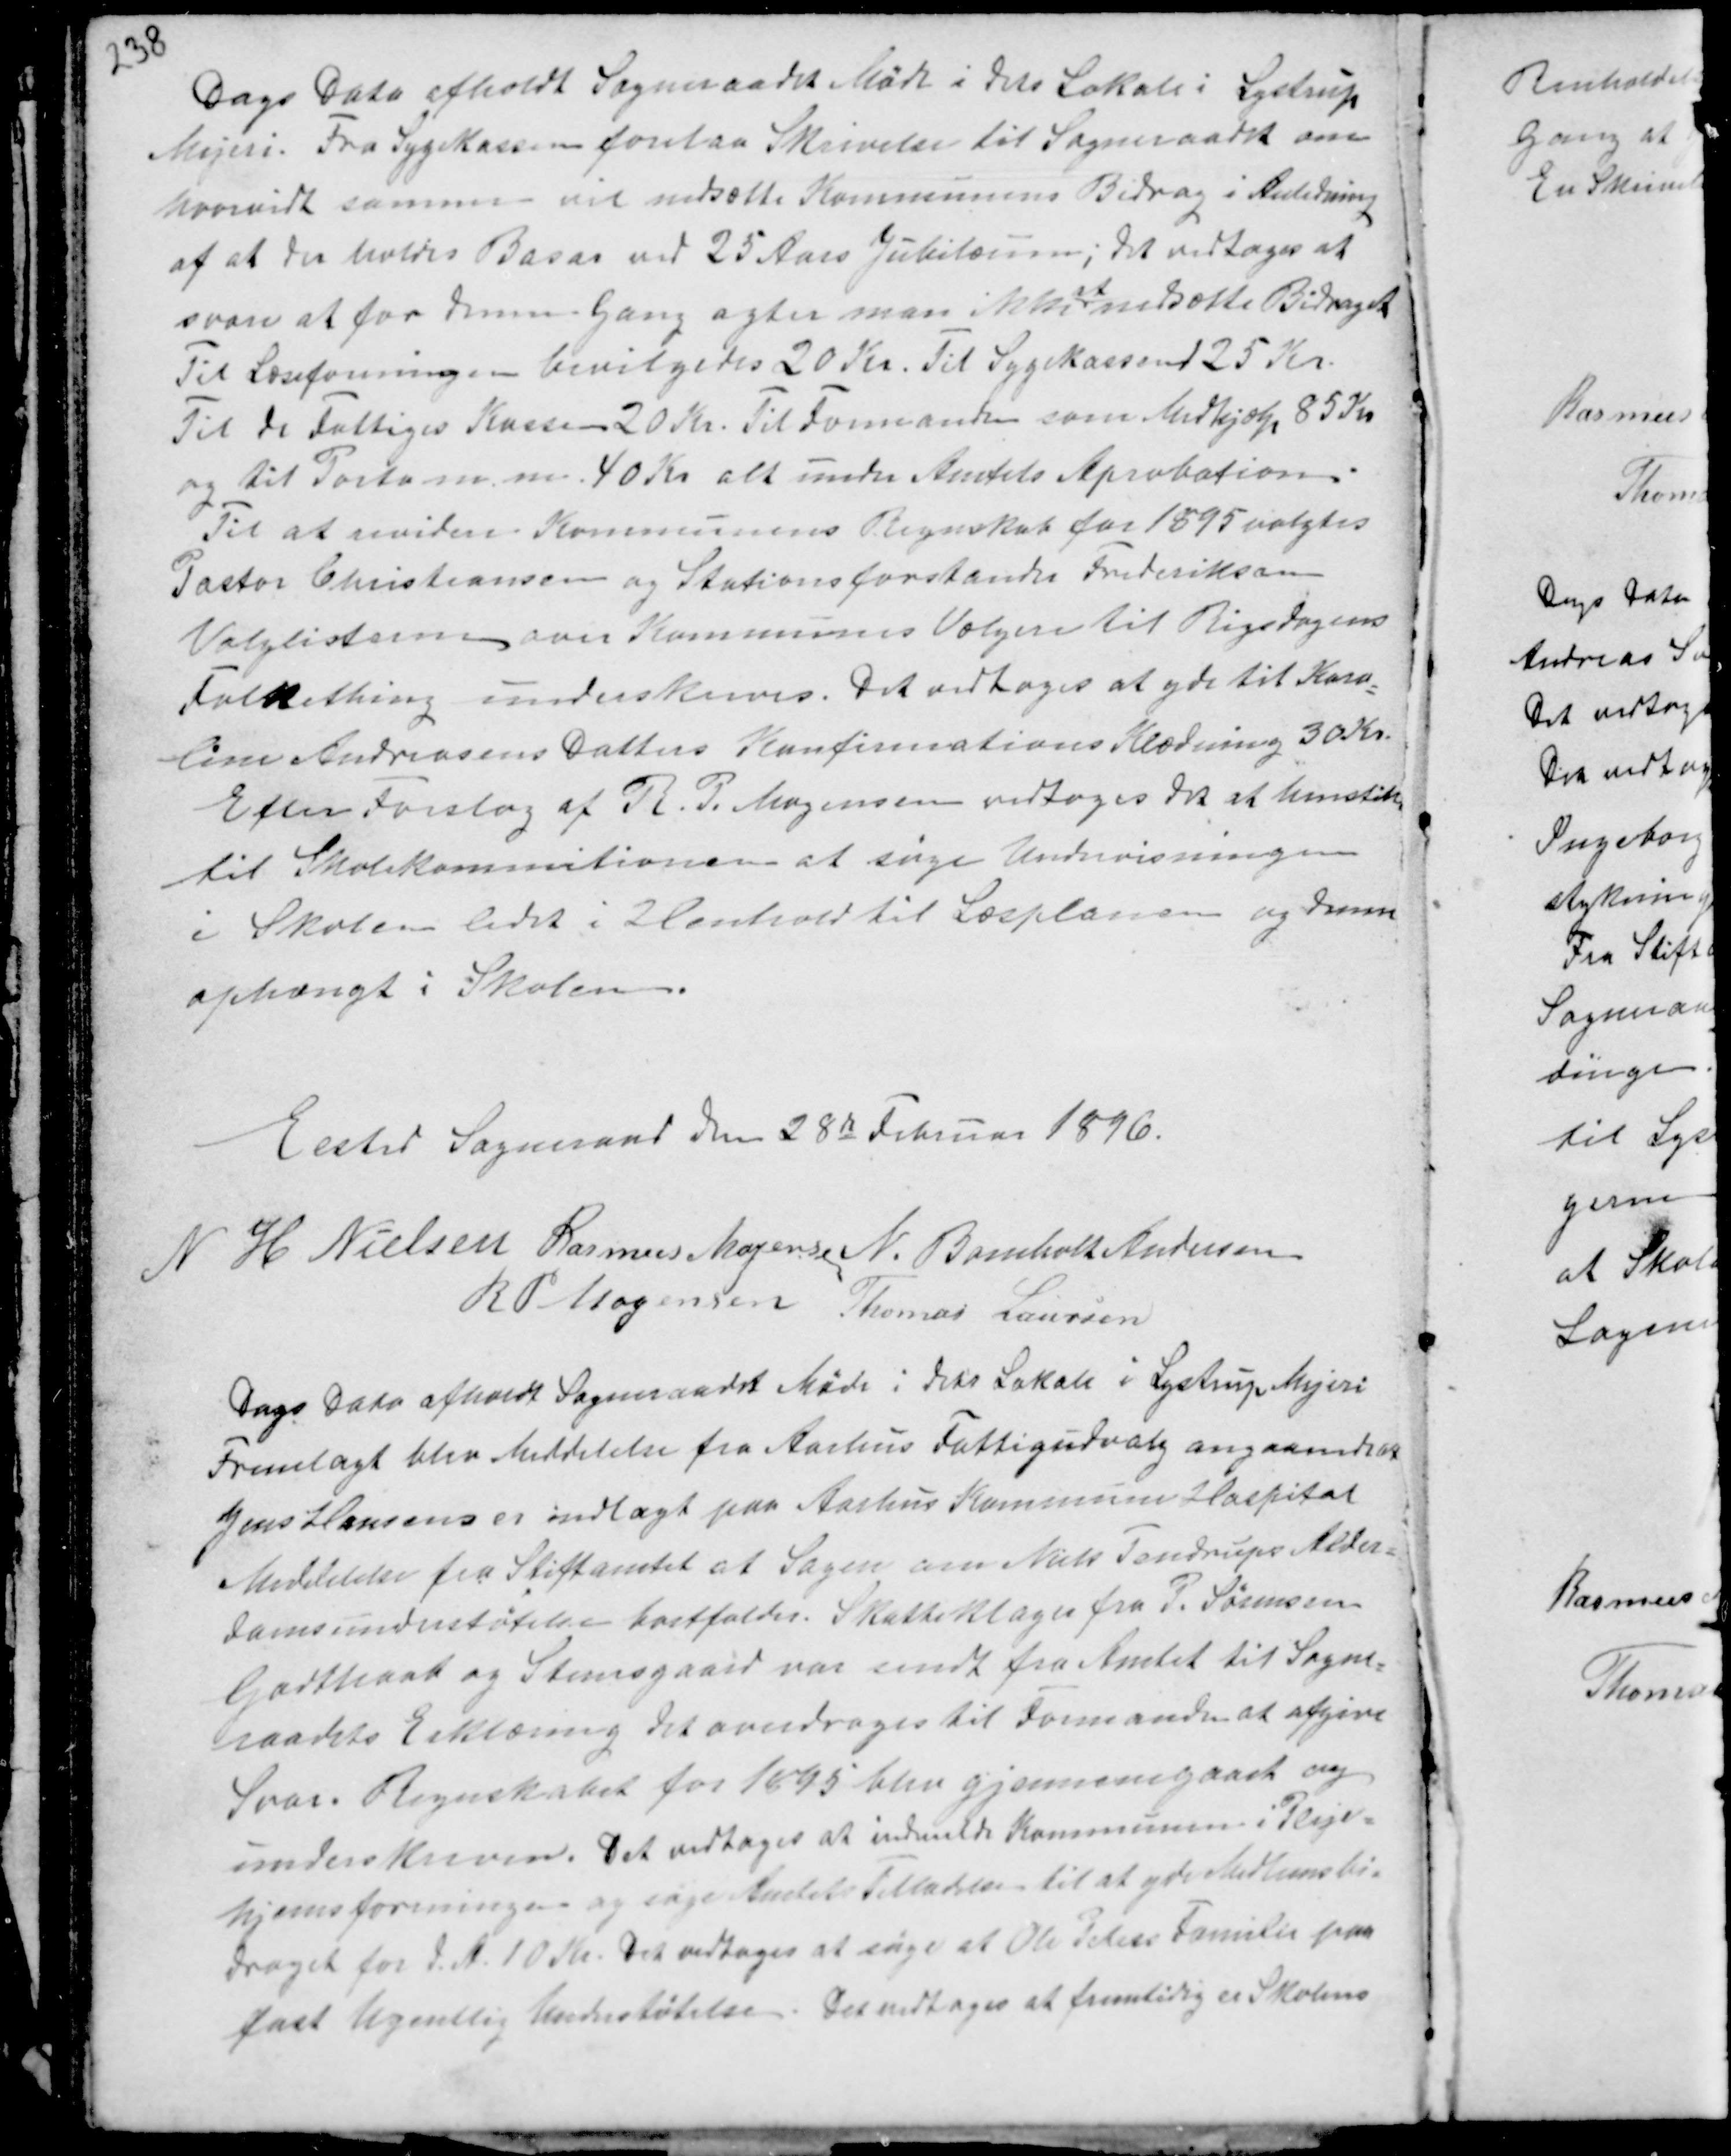
Transskription:
Dags Dato afholdt Sogneraadet Møde i dets Lokale i Lystrup
Mejeri. Fra Sygekassen forelaa Skrivelse til Sogneraadet om
hvorvidt samme vil nedsætte Kommunens Bidrag i Anledning
af at der holdes Basar ved 25 Aars Jubilæum; det vedtoges at
svare at for denne Gang agter man ikke
at
nedsætte Bidraget
Til Læseforeningen bevilgedes 20 Kr. Til Sygekassen 125 Kr.
Til de Fattiges Kasse 20 Kr. Til Formanden som Medhjælp 85 Kr
og til Porto m.m. 40 Kr. alt under Amtets Aprobation.
Til at revidere Kommunens Regnskab for 1895 valgtes
Pastor Christiansen  og Stationsforstander Frederiksen
Valglisterne over Kommunens Vælgere til Rigsdagens
Folkething underskreves. Det bedtoges at yde til Karo-
line Andreasens Datters Konfirmations Klædning 30 Kr.
Efter Forslag af R. P. Mogensen vedtoges det at henstille
til Skolekommitionen at søge Undervisningen
i Skolen ledet i Henhold til Læsplanen og denne
ophængt i Skolen.

Elsted Sogneraad den 28de Februar 1896.
N. H Nielsen Rasmus Mogensen N. Bomholt Andersen
R P Mogensen Thomas Laursen

Dags Dato afholdt Sogneraadet Møde i dets Lokale i Lystrup Mejeri
Fremlagt blev Meddelelse fra Aarhus Fattigudvalg angaaende at
Jens Hansen er indlagt paa Aarhus Kommune Hospital
Meddelelse fra Stiftamtet at Sagen om Niels Tendrups Alder-
domsunderstøtelse bortfalder. Skatteklager fra P. Sørensen
Godthaab og Steensgaard var sendt fra Amtet til Sogne-
raadets Erklæring Det overdrages til Formanden at afgive
Svar. Regnskabet for 1895 blev gjennemgaaet og
underskreven. Det vedtoges at indmelde Kommunen i Pleje-
hjemsforeningen og søge Amtets Tilladelse til at yde Medlemsbi-
draget for d.A. 10 Kr. Det vedtoges at søge at Ole Peters Familie paa
fast Ugentlig Understøtelse. Det vedtoges at fremtidig er Skolens